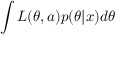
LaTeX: \int { L ( \theta , a ) p ( \theta | x ) d \theta }